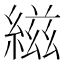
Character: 𬗭